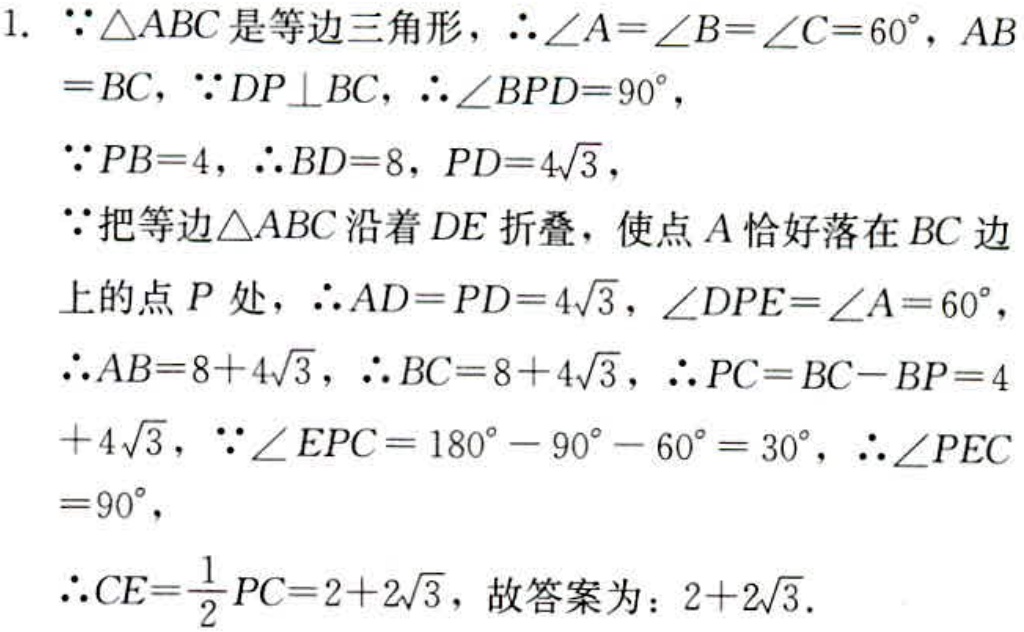
1. $\because\triangle ABC$是等边三角形，$\therefore\angle A = \angle B=\angle C = 60^{\circ}$，$AB = BC$，$\because DP\perp BC$，$\therefore\angle BPD = 90^{\circ}$，
$\because PB = 4$，$\therefore BD = 8$，$PD = 4\sqrt{3}$，
$\because$把等边$\triangle ABC$沿着$DE$折叠，使点$A$恰好落在$BC$边上的点$P$处，$\therefore AD = PD = 4\sqrt{3}$，$\angle DPE=\angle A = 60^{\circ}$，
$\therefore AB = 8 + 4\sqrt{3}$，$\therefore BC = 8 + 4\sqrt{3}$，$\therefore PC = BC - BP = 4 + 4\sqrt{3}$，$\because\angle EPC = 180^{\circ}-90^{\circ}-60^{\circ}=30^{\circ}$，$\therefore\angle PEC = 90^{\circ}$，
$\therefore CE=\frac{1}{2}PC = 2 + 2\sqrt{3}$，故答案为：$2 + 2\sqrt{3}$.